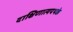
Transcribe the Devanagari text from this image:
दाक्षिणात्यपथके